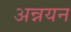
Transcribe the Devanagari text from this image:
अन्नयन